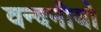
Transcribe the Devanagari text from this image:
वन्दनीयो